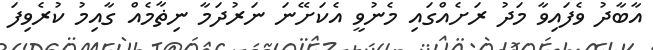
އާބާދު ވެފައިވާ މަދު ރަށެއްގައި މެނުވީ އެކަށޭނަ ނަރުދަމާ ނިޡާމެއް ގާއިމު ކުރެވިފަ